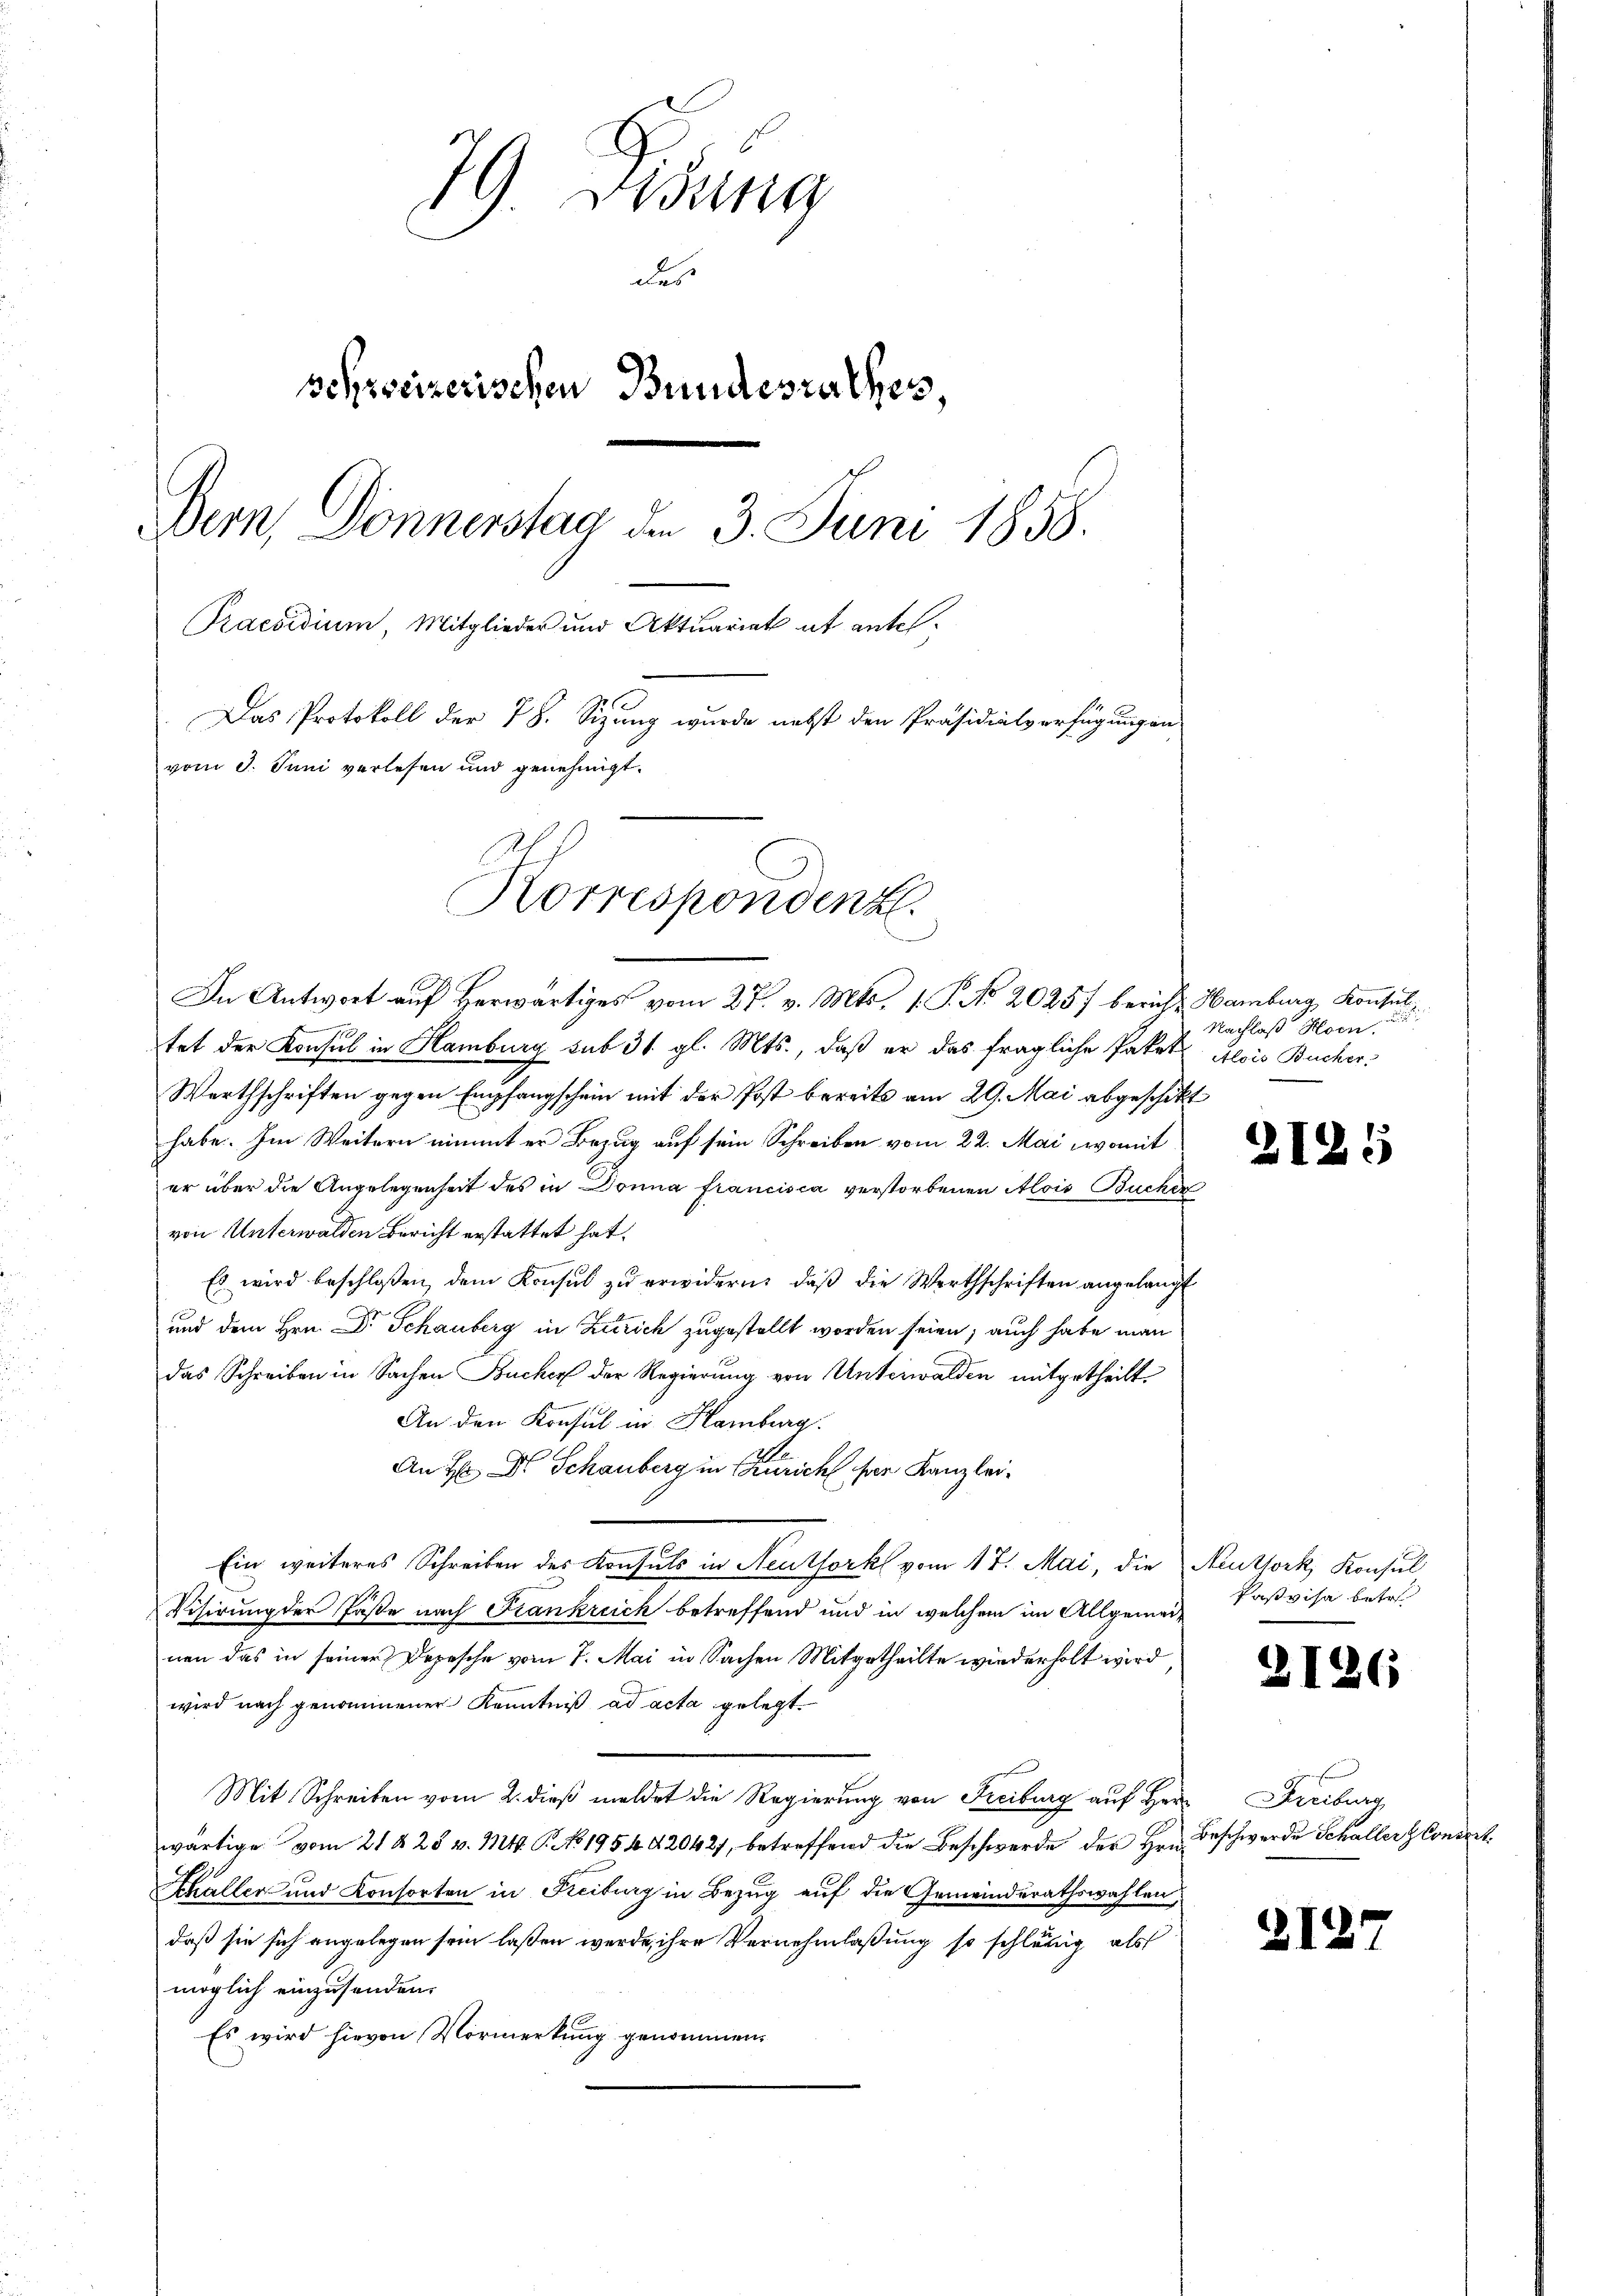
79 Dedung
des
schweizerischen Bundesrathes
Bern, Donnerstag den 3. Juni 1858.
Praesidium, Mitglieder und Aktuariat et ante¬
Das Protokoll der 78. Sizung wurde nebst den Präsidialverfügungen
vom 8. Juni verlesen und genehmigt.
Korrespondenz

In Antwort auf Herwärtiges vom 27. v. Mts. 1. P. No 20257 bericht Hamburg, Konsul
u
tet der Konsul in Hamburg sub 31. gl. Mts., daß er das fragliche Paket Alois Bucher¬
Werthschriften gegen Empfangschein mit der Post bereits am 29. Mai abgeschickt
habe. Im Weitern nimmt er Bezug auf sein Schreiben vom 22. Mai, womit
er über die Angelegenheit des in Donna francisca verstorbenen Alois Buchen
von Unterwalden Bericht erstattet hat.
Es wird beschlossen dem Konsul zu erwidern, daß die Werthschriften angelangt
und dem Hrn. Dr Schauberg in Zürich zugestellt worden seien; auch habe man
das Schreiben in Sachen Bucher der Regierung von Unterwalden mitgetheilt.
An den Konsul in Hamburg.
An H: Dr. Schauberg in Zürich der Kanzlei¬
Ein weiteres Schreiben des Konsuls in Neuthork vom 17. Mai, die Neuthork, Konsul
Visirung der Faste nach Frankreich betreffend und in welchem im Allgemeinen das in seiner Depesche vom 7. Mai in Sachen Mitgetheilte wiederholt wird,
wird nach genommener Kenntniß ad acta gelegt.
Mit Schreiben vom 2. dieß meldet die Regierung von Freiburg auf Herr Freiburg
wärtige vom 21 § 28 v. Mt. P. No 1954 42042, betreffend die Beschwerde der Hrn. Beschwerde Schaller & Conci
Schaller und Konsorten in Freiburg in Bezug auf die Gemeinderathswahlen,
daß sie sich angelegen sein laßen werde, ihre Vernehmlaßung so schläsig als
möglich einzusenden.
Es wird hievon Vormerkung genommen.

Nachlaß Hoen.

2125

Paßvisa betr.

21

2

212

6